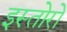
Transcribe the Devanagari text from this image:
इस्तोरो